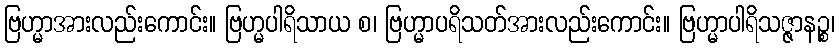
ဗြဟ္မာအားလည်းကောင်း။ ဗြဟ္မပါရိသာယ စ၊ ဗြဟ္မာပရိသတ်အားလည်းကောင်း။ ဗြဟ္မာပါရိသဇ္ဇာနဉ္စ၊